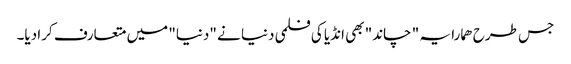
جس طرح ھمارا یہ " چاند" بھی انڈیا کی فلمی دنیا نے "دنیا" میں متعارف کرا دیا۔